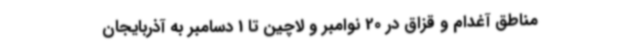
مناطق آغدام و قزاق در 20 نوامبر و لاچین تا 1 دسامبر به آذربایجان